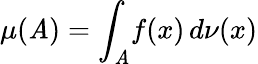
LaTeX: \mu(\mathit{A})=\int_{\mathit{A}}\! f(x)\, d\nu(x)